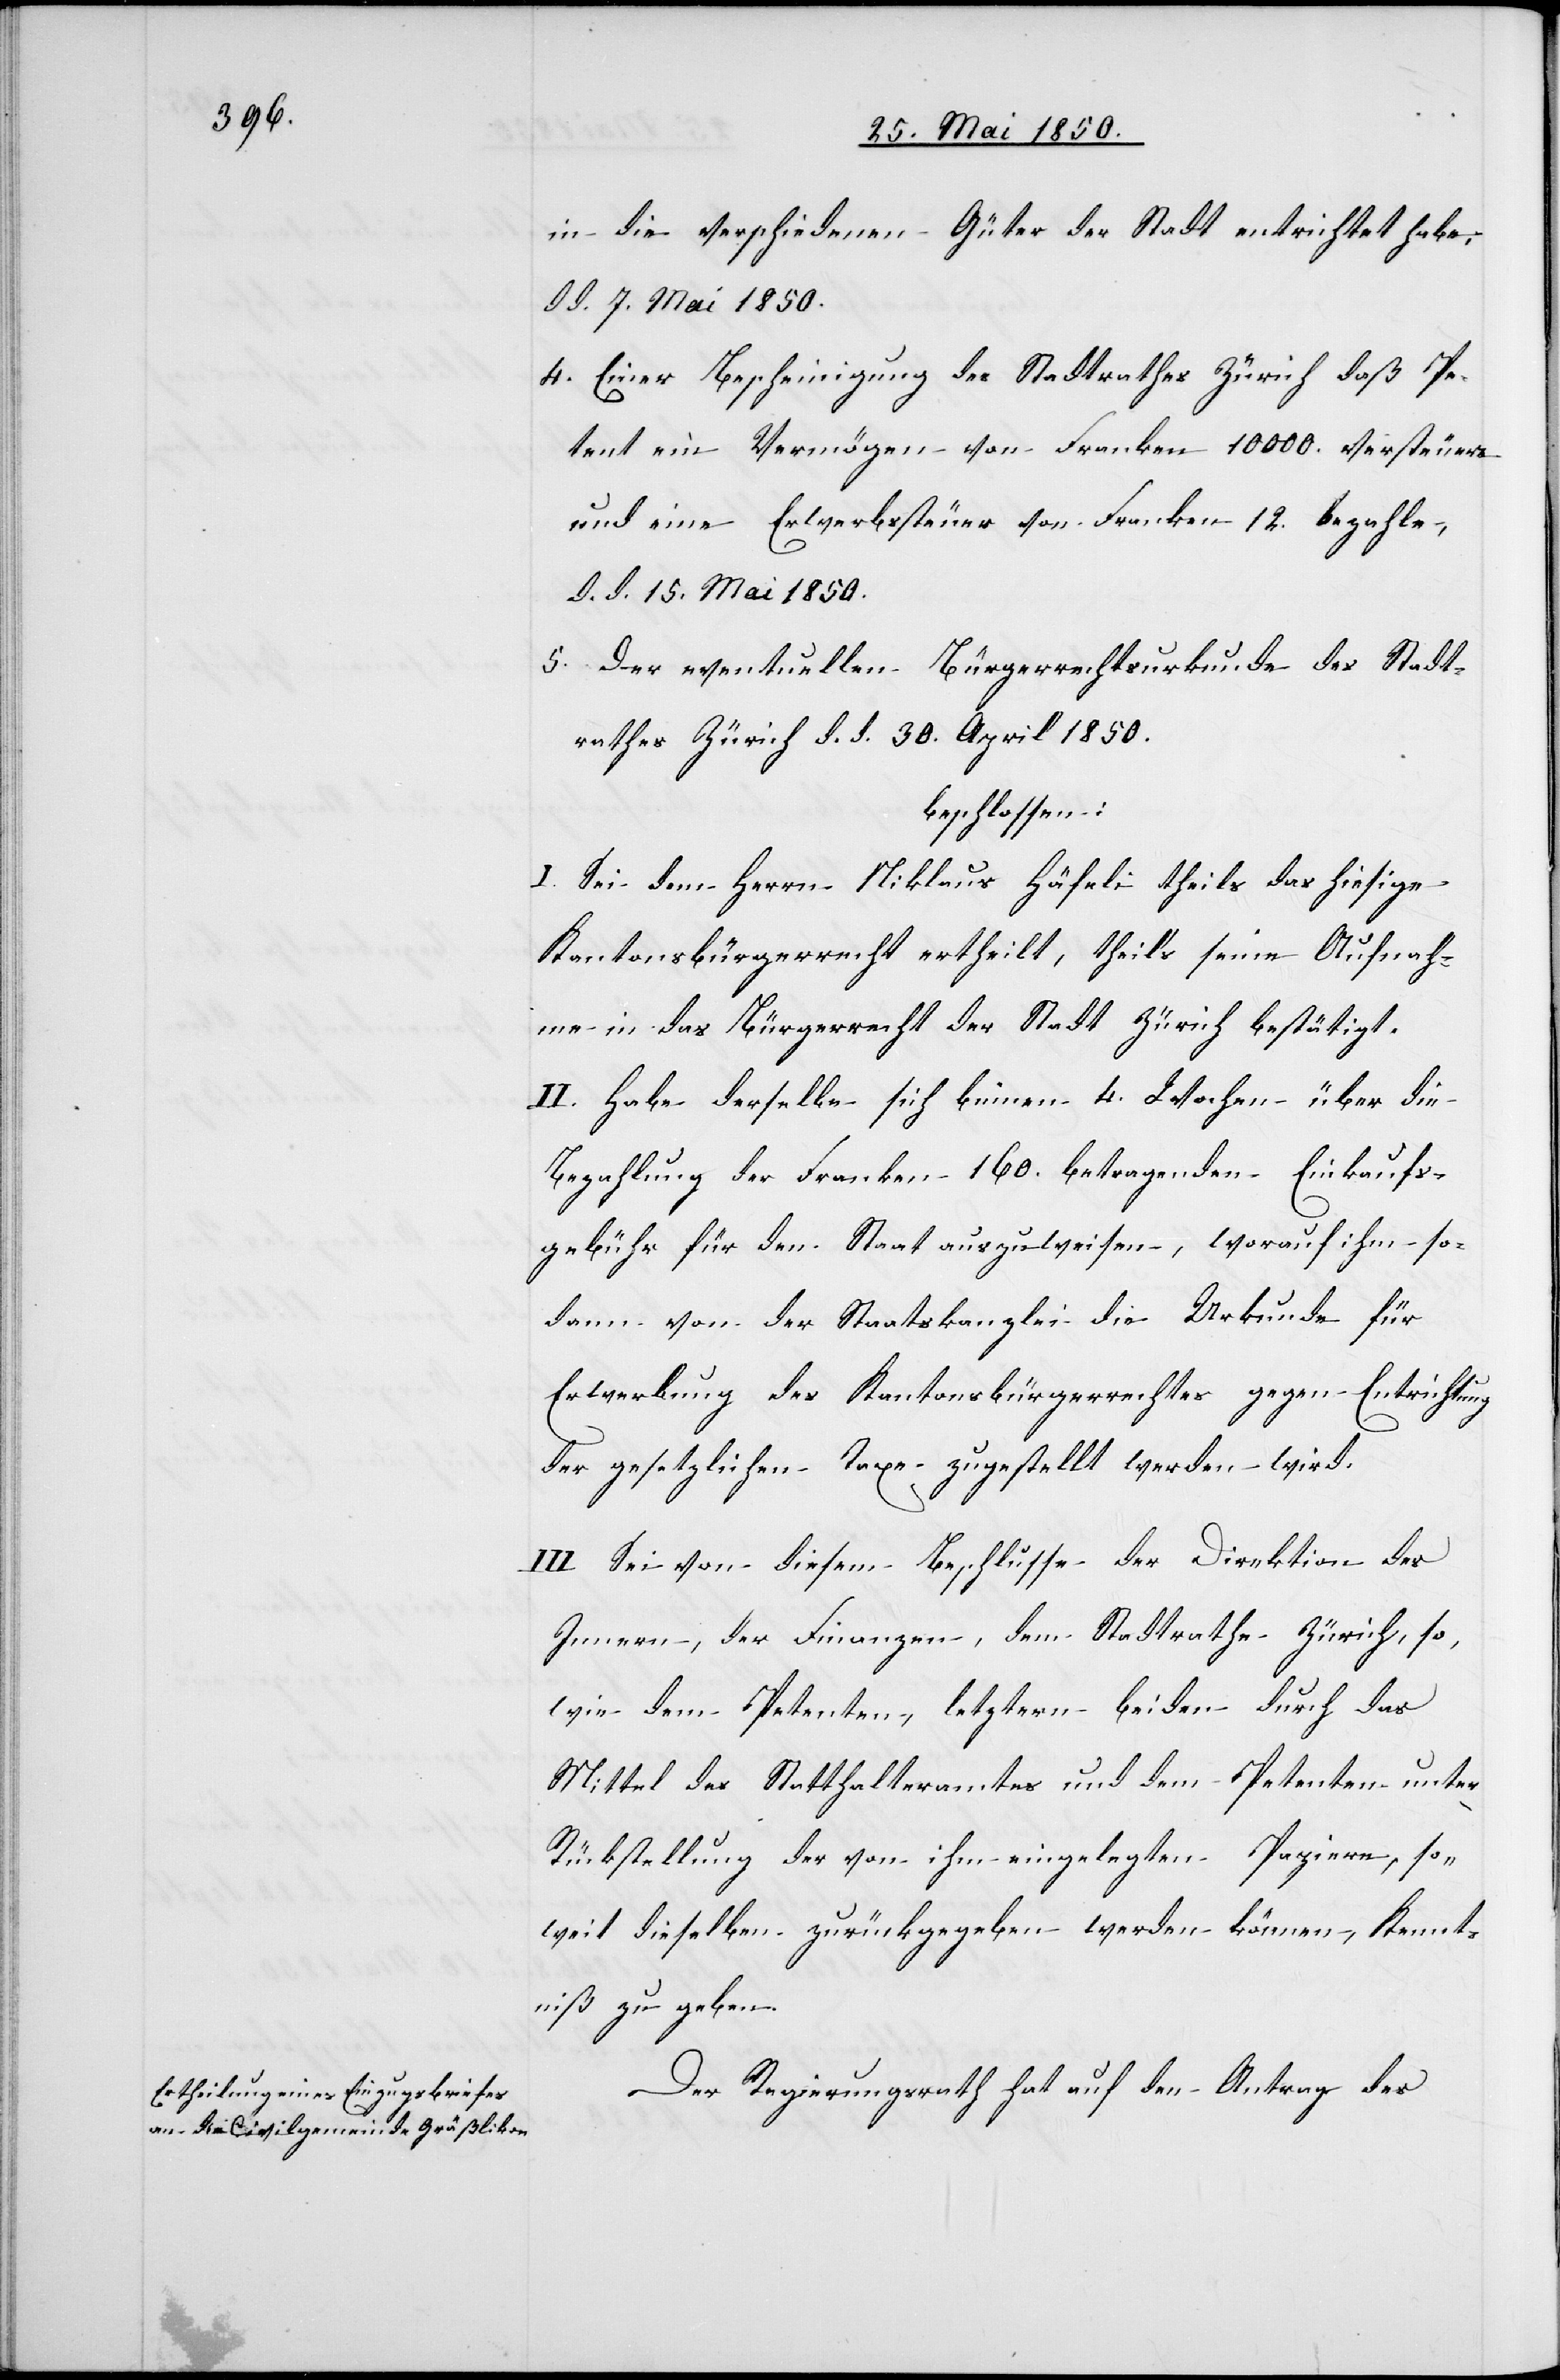
in die verschiedenen Güter der Stadt entrichtet habe,
d. d. 7. Mai 1850.
4. Einer Bescheinigung des Stadtrathes Zürich daß Pe¬
tent ein Vermögen von Franken 10 000. versteuere
und eine Erwerbssteuer von Franken 12. bezahle,
d. d. 15. Mai 1850.
5. der eventuellen Bürgerrechtsurkunde des Stadt¬
rathes Zürich d. d. 30. April 1850.
beschlossen:
I. Sei dem Herrn Niklaus Häfeli theils das hiesige
Kantonsbürgerrecht ertheilt, theils seine Aufnah¬
me in das Bürgerrecht der Stadt Zürich bestätigt.
II. Habe derselbe sich binnen 4. Wochen über die
Bezahlung der Franken 160. betragenden Einkaufs¬
gebühr für den Staat auszuweisen, worauf ihm so¬
dann von der Staatskanzlei die Urkunde für
Erwerbung des Kantonsbürgerrechtes gegen Entrichtung
der gesetzlichen Taxe zugestellt werden wird.
III. Sei von diesem Beschlusse der Direktion des
Innern, der Finanzen, dem Stadtrathe Zürich, so¬
wie dem Petenten, letztern beiden durch das
Mittel des Statthalteramtes und dem Petenten unter
Rückstellung der von ihm eingelegten Papiere, so¬
weit dieselben zurückgegeben werden können, Kennt¬
niß zu geben.
Der Regierungsrath hat auf den Antrag des